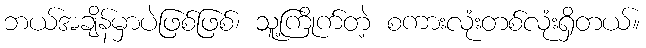
ဘယ်အချိန်မှာပဲဖြစ်ဖြစ်၊ သူ့ကြိုက်တဲ့ စကားလုံးတစ်လုံးရှိတယ်။